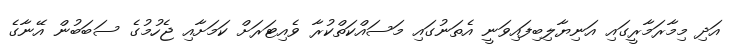
އަދި މިމާރަމާރީގައި އަނިޔާލިބިފައިވަނީ އެތަނުގައި މަސައްކަތްކުރާ ވެއިޓަރަށް ކަމަށާއި ޖެހުމުގެ ސަބަބުން އޭނާގެ